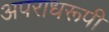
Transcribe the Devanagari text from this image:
अपराधरूपी